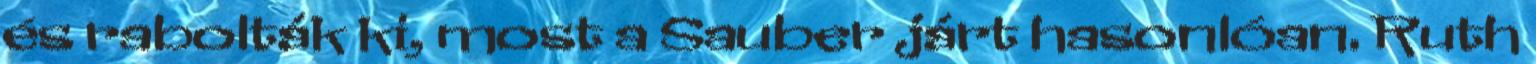
és rabolták ki, most a Sauber járt hasonlóan. Ruth